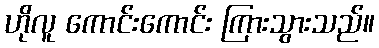
ဟိုလူ ကောင်းကောင်း ကြားသွားသည်။